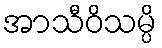
အာသီဝိသမ္ပိ